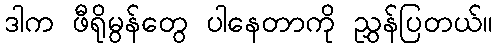
ဒါက ဖီရိုမွန်တွေ ပါနေတာကို ညွှန်ပြတယ်။